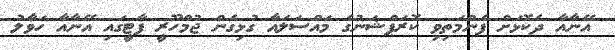
އޭނާއާ ދެކޮޅަށް ފެންމަތިވި ކޮރަޕްޝަނުގެ މައްސަލައާ ގުޅިގެން ޖުމްހޫރީ ޕާޓީގައި އޭނާއާ ހަވާލު